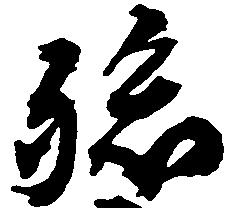
孫